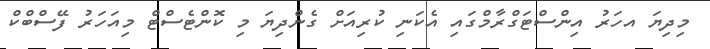
މިދިޔަ އހަރު އިންސްޓަގްރާމްގައި އެކަނި ކުރިއަށް ގެންދިޔަ މި ކޮންޓެސްޓް މިއަހަރު ފޭސްބްކް